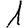
Digit: 1